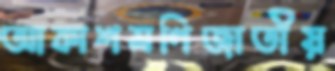
আকাশমণিজাতীয়